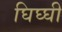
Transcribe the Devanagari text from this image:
घिघ्घी